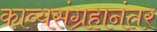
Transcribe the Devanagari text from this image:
काव्यसंग्रहानंतर